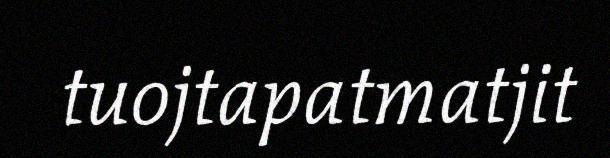
tuojtapatmatjit